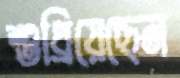
শুধ্‌রিয়েছেন